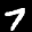
Label: 7